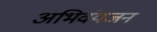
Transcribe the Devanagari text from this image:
अभिवंयजन